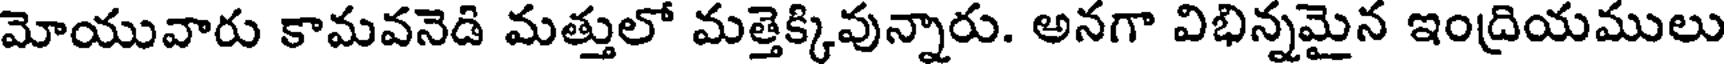
మోయువారు కామవనెడి మత్తులో మత్తెక్కివున్నారు. అనగా విభిన్నమైన ఇంద్రియములు